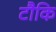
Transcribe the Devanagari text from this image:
टौकि